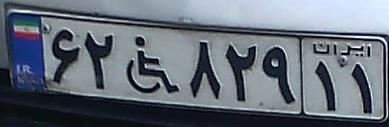
۶۲+۸۲۹۱۱